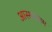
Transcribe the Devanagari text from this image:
आस्थाधाम